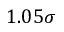
1 . 0 5 \sigma